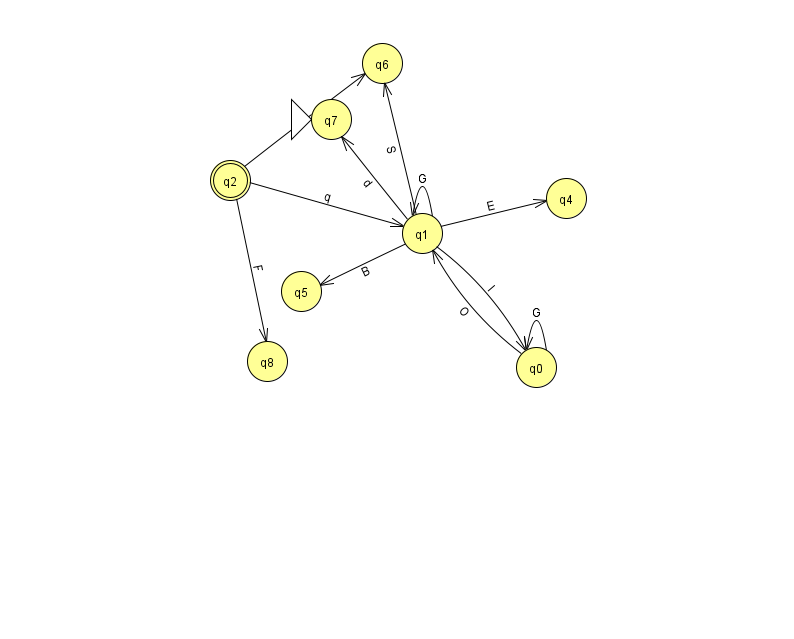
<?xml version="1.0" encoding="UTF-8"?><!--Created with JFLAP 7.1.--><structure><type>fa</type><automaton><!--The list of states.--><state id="0" name="q0"><x>536.0</x><y>354.0</y></state><state id="1" name="q1"><x>422.0</x><y>220.0</y></state><state id="2" name="q2"><x>230.0</x><y>167.0</y><final/></state><state id="4" name="q4"><x>566.0</x><y>185.0</y></state><state id="5" name="q5"><x>301.0</x><y>278.0</y></state><state id="6" name="q6"><x>382.0</x><y>50.0</y></state><state id="7" name="q7"><x>331.0</x><y>106.0</y><initial/></state><state id="8" name="q8"><x>267.0</x><y>348.0</y></state><!--The list of transitions.--><transition><from>2</from><to>1</to><read>q</read></transition><transition><from>1</from><to>5</to><read>B</read></transition><transition><from>1</from><to>7</to><read>d</read></transition><transition><from>0</from><to>1</to><read>O</read></transition><transition><from>1</from><to>0</to><read>I</read></transition><transition><from>0</from><to>0</to><read>G</read></transition><transition><from>1</from><to>1</to><read>G</read></transition><transition><from>1</from><to>4</to><read>E</read></transition><transition><from>1</from><to>6</to><read>S</read></transition><transition><from>2</from><to>8</to><read>F</read></transition><transition><from>2</from><to>6</to><read>e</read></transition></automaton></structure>